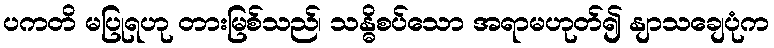
ပကတိ မပြုရဟု တားမြစ်သည်၊ သန္ဓိစပ်သော အရာမဟုတ်၍ နျာသချေပုံက